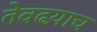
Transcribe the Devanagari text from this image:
तेवढय़ाच